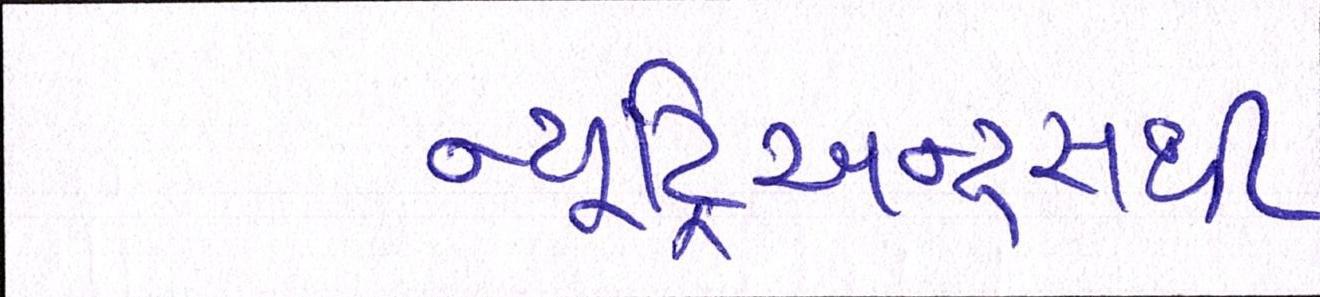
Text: ન્યૂટ્રિઅન્ટ્સથી